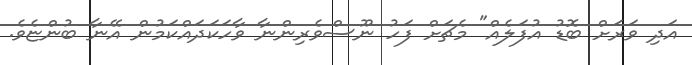
އަދި ވަރަށް ބޮޑު އުފަލެއް" މެޗަށް ފަހު ނޫސްވެރިންނާ ވާހަކަދައްކަމުން އޭނާ ބުންޏެވެ.